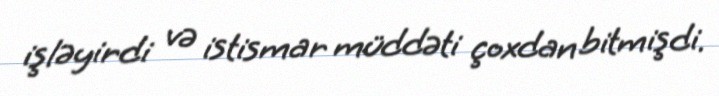
işləyirdi və istismar müddəti çoxdan bitmişdi.